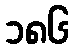
၁၈၆